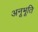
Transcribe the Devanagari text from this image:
अनूभूति